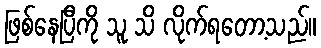
ဖြစ်နေပြီကို သူ သိ လိုက်ရတော့သည်။